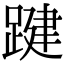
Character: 踺